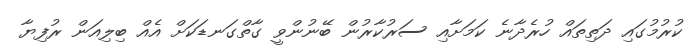
ކުރުމުގައި ދަތިތައް ހުރެދާނެ ކަމަށާއި ސަރުކާރުން ބޭނުންވީ ގާތްގަނޑަކަށް އެއް ބިލިއަން ރުފިޔާ